Madras plague regulations and rules for the inspection of inward and outward bound vessels - Volume 2
Disease focus: Plague
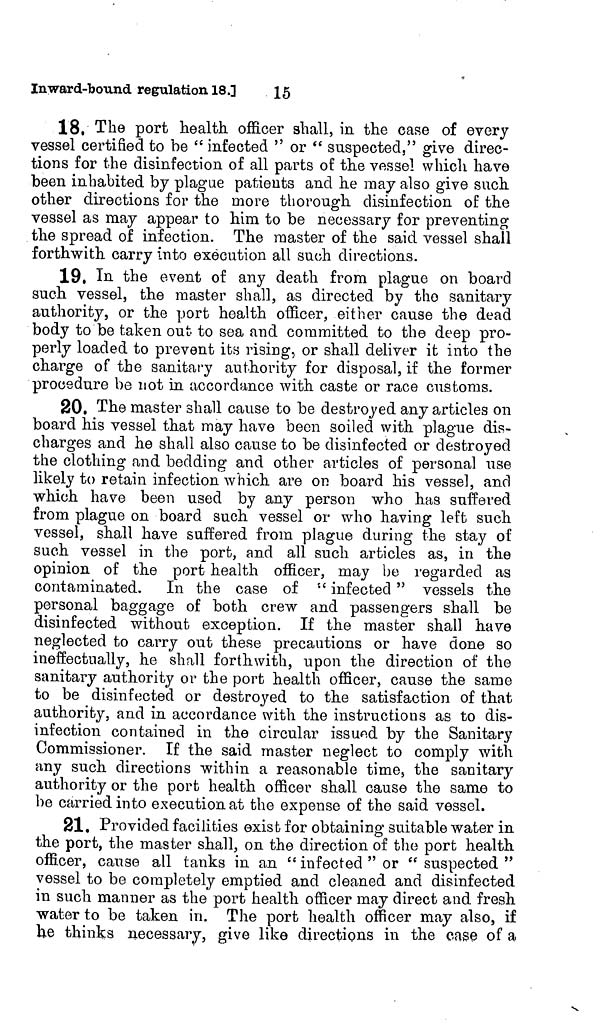
15
Inward-bound regulation 18. ]
18. The port health, officer shall, in the case of every
vessel certified to be " infected " or " suspected/' give direc-
tions for the disinfection of all parts of the vessel which have
been inhabited by plague patients and he may also give such
other directions for the more thorough disinfection of the
vessel as may appear to him to be necessary for preventing
the spread of infection. The master of the said vessel shall
forthwith carry into execution all such directions.
19. In the event of any death from plague on board
such vessel, the master shall, as directed by the sanitary
authority, or the port health officer, either cause the dead
body to be taken out to sea and committed to the deep pro-
perly loaded to prevent its rising, or shall deliver it into the
charge of the sanitary authority for disposal, if the former
procedure be not in accordance with caste or race customs.
20. The master shall cause to be destroyed any articles on
board his vessel that may have been soiled with plague dis-
charges and he shall also cause to be disinfected or destroyed
the clothing and bedding and other articles of personal use
likely to retain infection which are on board his vessel, and
which have been used by any person who has suffered
from plague on board such vessel or who having left such
vessel, shall have suffered from plague during the stay of
such vessel in the port, and all such articles as, in the
opinion of the port health officer, may be regarded as
contaminated. In the case of " infected " vessels the
personal baggage of both crew and passengers shall be
disinfected without exception. If the master shall have
neglected to carry out these precautions or have done so
ineffectually, he shall forthwith, upon the direction of the
sanitary authority or the port health officer, cause the same
to be disinfected or destroyed to the satisfaction of that
authority, and in accordance with the instructions as to dis-
infection contained in the circular issued by the Sanitary
Commissioner. If the said master neglect to comply with
any such directions within a reasonable time, the sanitary
authority or the port health officer shall cause the same to
be carried into execution at the expense of the said vessel.
21. Provided facilities exist for obtaining suitable water in
the port, the master shall, on the direction of the port health
officer, cause all tanks in an " infected " or " suspected "
vessel to be completely emptied and cleaned and disinfected
in such manner as the port health officer may direct and fresh
water to be taken in. The port health officer may also, if
he thinks necessary, give like directions in the case of a